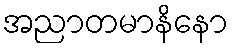
အညာတမာနိနော